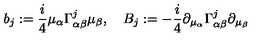
b _ { j } : = \frac { i } { 4 } \mu _ { \alpha } \Gamma _ { \alpha \beta } ^ { j } \mu _ { \beta } , \quad B _ { j } : = - \frac { i } { 4 } \partial _ { \mu _ { \alpha } } \Gamma _ { \alpha \beta } ^ { j } \partial _ { \mu _ { \beta } }